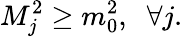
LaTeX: M_{j}^{2}\geq m_{0}^{2},\; \; \forall j.